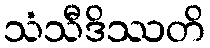
သံသီဒိဿတိ